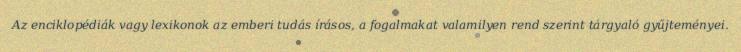
Az enciklopédiák vagy lexikonok az emberi tudás írásos, a fogalmakat valamilyen rend szerint tárgyaló gyűjteményei.